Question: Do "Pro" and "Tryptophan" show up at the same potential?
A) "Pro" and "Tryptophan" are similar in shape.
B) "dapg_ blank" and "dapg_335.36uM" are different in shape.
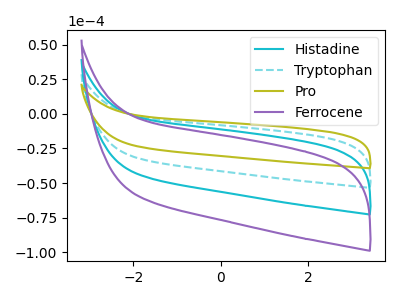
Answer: <think>The cyan curve "Histadine" has no peaks. The cyan dashed curve "Tryptophan" has no peaks. The olive curve "Pro" has no peaks. The purple curve "Ferrocene" has no peaks.
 Neither "Pro" or "Tryptophan" have any peaks.</think>
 <answer>A) "Pro" and "Tryptophan" are similar in shape.</answer>
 <eval>A</eval>